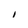
Character: 1